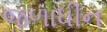
જળાધીન